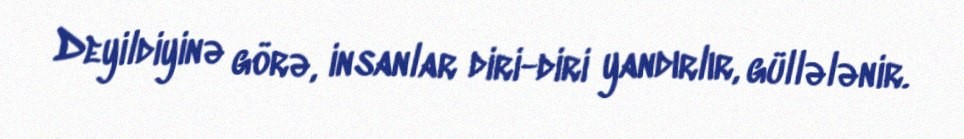
Deyildiyinə görə, insanlar diri-diri yandırlır, güllələnir.